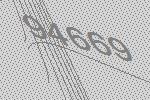
94669